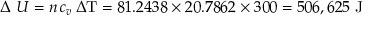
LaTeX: \Delta \ U = n \, c _ { v } \, \Delta \mathrm { T } = 8 1 . 2 4 3 8 \times 2 0 . 7 8 6 2 \times 3 0 0 = 5 0 6 , 6 2 5 { \mathrm { ~ J } }